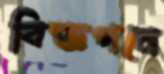
বিজ্ঞপনে